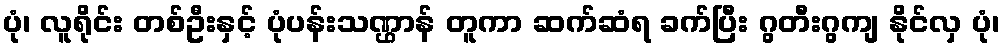
ပုံ၊ လူရိုင်း တစ်ဦးနှင့် ပုံပန်းသဏ္ဌာန် တူကာ ဆက်ဆံရ ခက်ပြီး ဂွတီးဂွကျ နိုင်လှ ပုံ၊